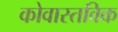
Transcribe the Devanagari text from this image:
कोवास्तविक